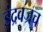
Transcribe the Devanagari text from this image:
इंद्रवज्रच